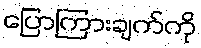
ပြောကြားချက်ကို